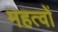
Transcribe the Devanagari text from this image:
महत्वों